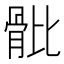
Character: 𩨨